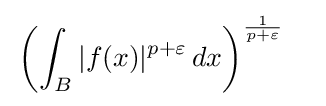
{\begin{aligned}&\left(\int _{B}|f(x)|^{p+\varepsilon }\,dx\right)^{\frac {1}{p+\varepsilon }}\end{aligned}}